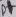
Text: D+